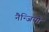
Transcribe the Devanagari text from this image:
नैन्जियो